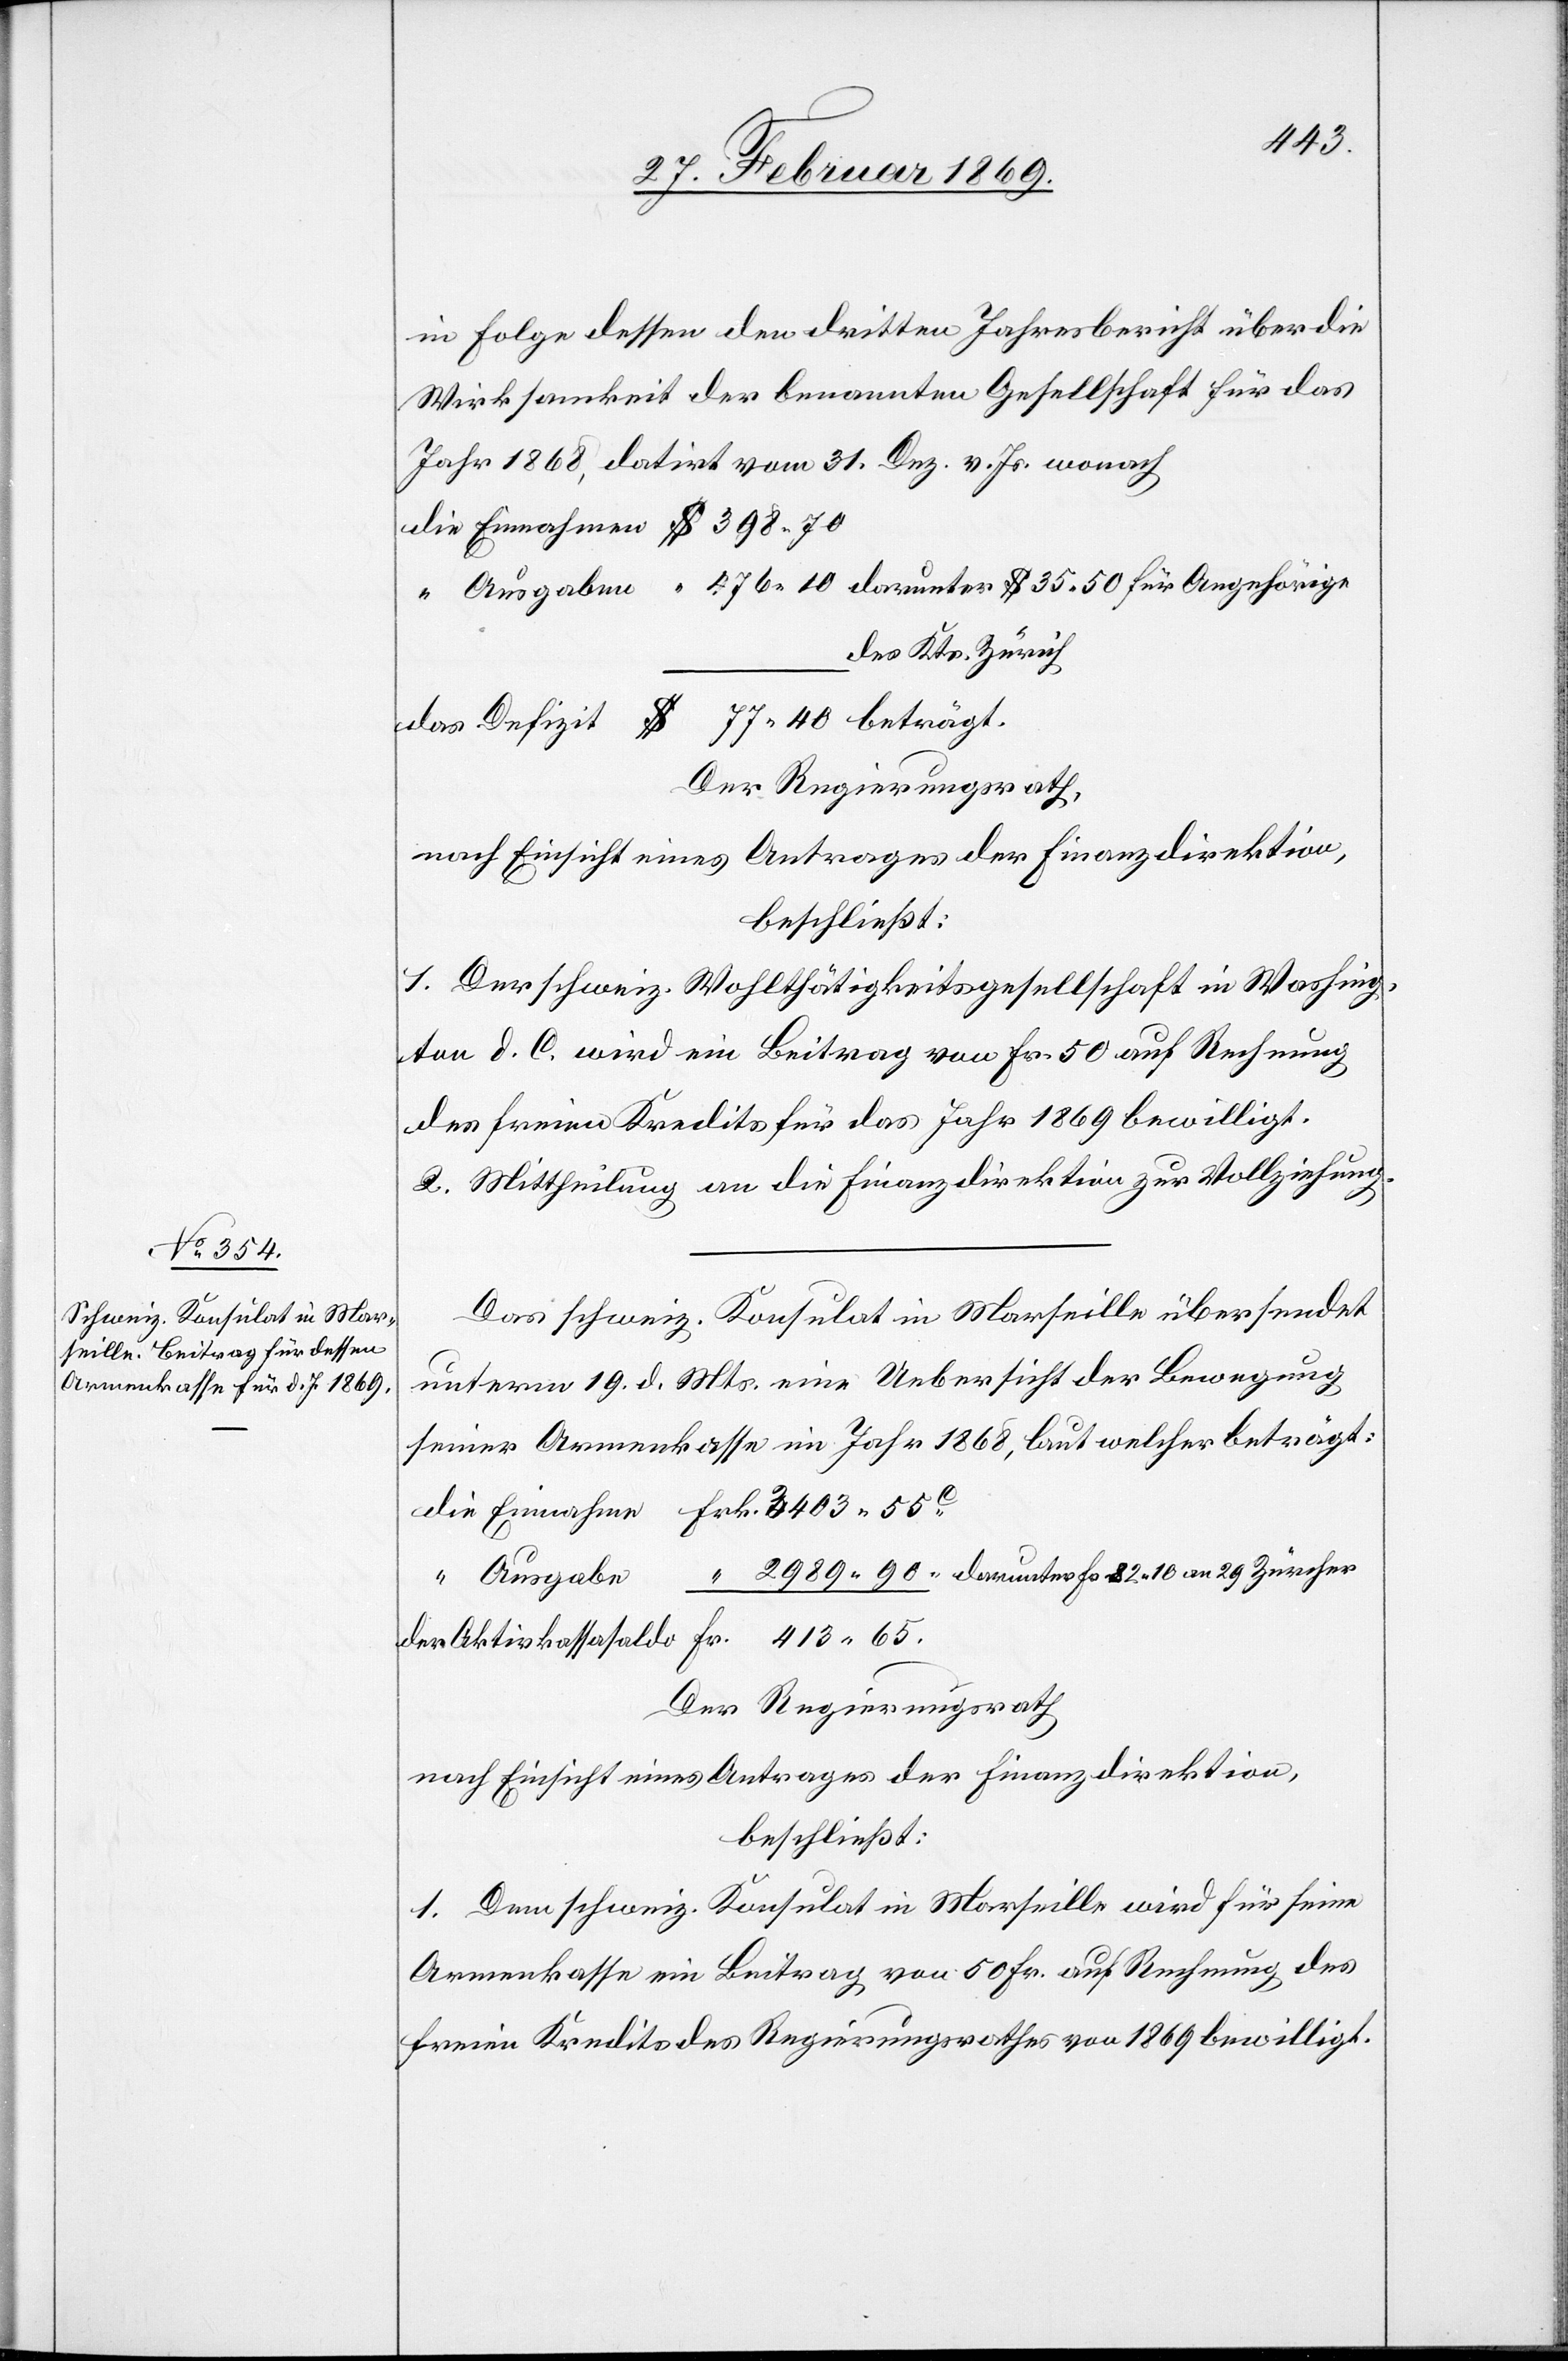
Fr. 82.10

413
in Folge dessen den dritten Jahresbericht über die
Wirksamkeit der benannten Gesellschaft für das
Jahr 1868, datirt vom 31. Dez. v. Js. wonach
des Kts. Zürich
Der Regierungsrath,
nach Einsicht eines Antrages der Finanzdirektion,
beschließt:
1. Der schweiz. Wohlthätigkeitsgesellschaft in Washing¬
ton d. C. wird ein Beitrag von Fr. 50 auf Rechnung
des freien Kredits für das Jahr 1869 bewilligt.
2. Mittheilung an die Finanzdirektion zur Vollziehung.
Das schweiz. Konsulat in Marseille übersendet
unterm 19. d. Mts. eine Uebersicht der Bewegung
seiner Armenkasse im Jahr 1868, laut welcher beträgt:
Der Regierungsrath
nach Einsicht eines Antrages der Finanzdirektion,
beschließt:
1. Dem schweiz. Konsulat in Marseille wird für seine
Armenkasse ein Beitrag von 50 Fr. auf Rechnung des
freien Kredits der Regierungsrathes von 1869 bewilligt.